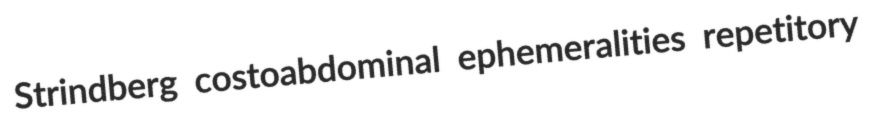
Strindberg costoabdominal ephemeralities repetitory